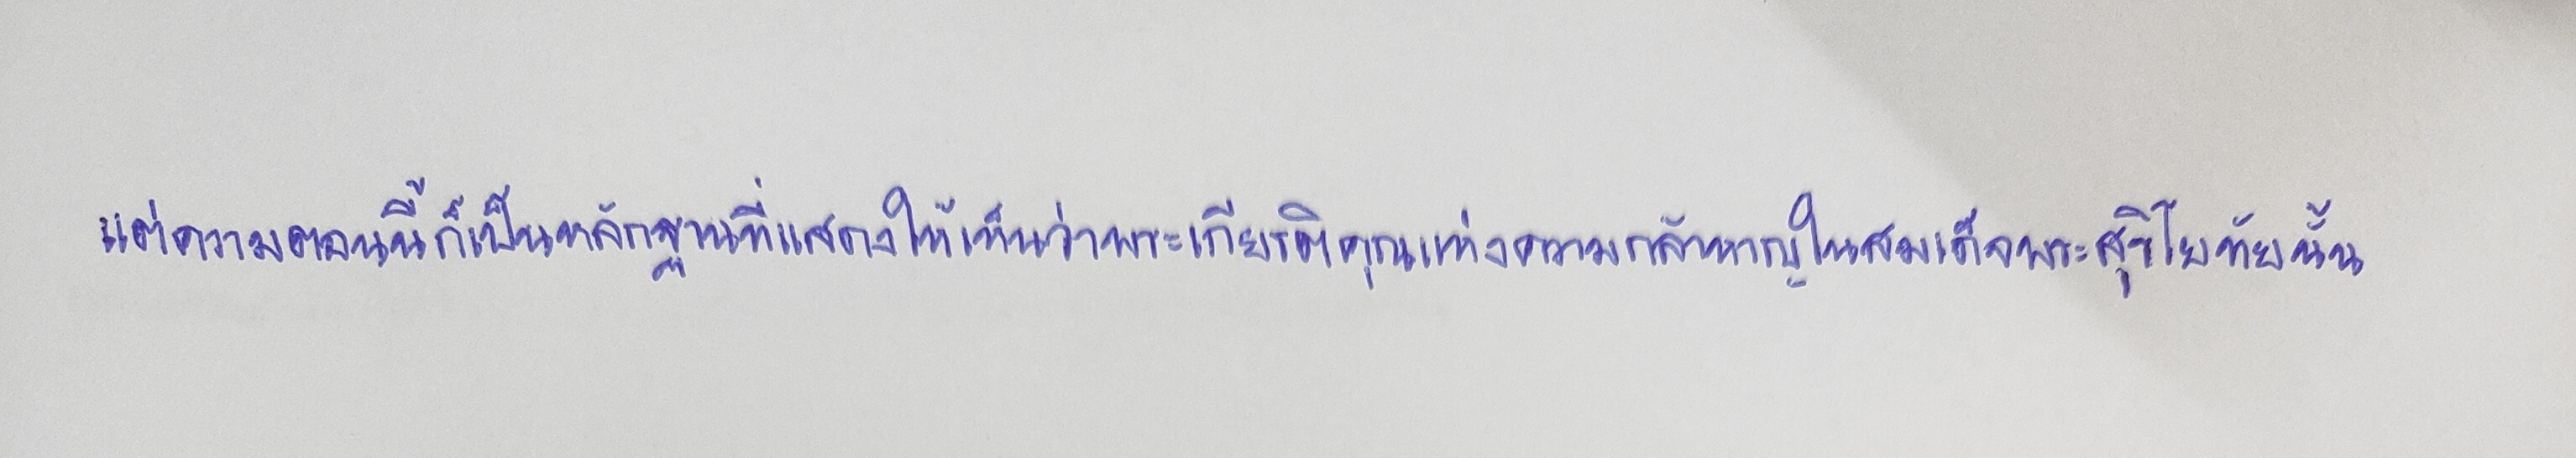
แต่ความตอนนี้ก็เป็นหลักฐานที่แสดงให้เห็นว่าพระเกียรติคุณแห่งความกล้าหาญในสมเด็จพระสุริโยทัยนั้น